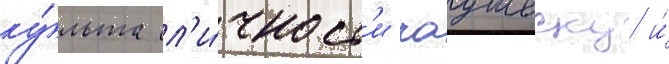
ку́льта л'и́чност'и чаушеску и́